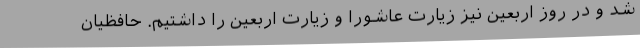
‌شد و در روز اربعین نیز زیارت عاشورا و زیارت اربعین را داشتیم. حافظیان